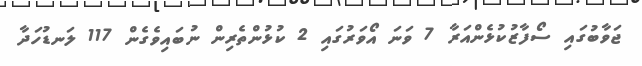
ޖަވާބުގައި ސޯފާޒުކުޅެންއަރާ 7 ވަނަ އޯވަރުގައި 2 ކުޅުންތެރިން ނުބައިވެގެން 117 ލަނޑުހަދާ